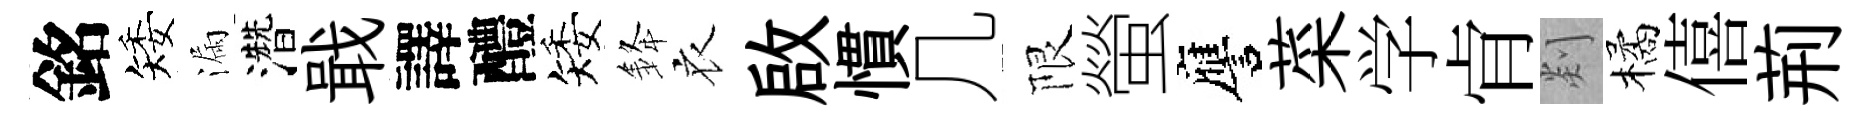
銘矮漏濳戢譯醴矮𨦟衣啟慣几限螢譍菜学肻剡橘僖荊